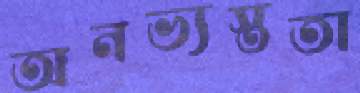
অনভ্যস্ততা